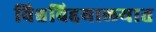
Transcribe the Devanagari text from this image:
विश्वविद्दयालयात